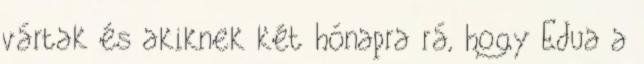
vártak és akiknek két hónapra rá, hogy Edua a